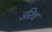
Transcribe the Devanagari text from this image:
उरिच